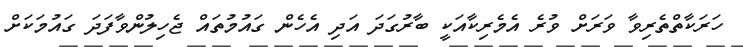
ހަރަކާތްތެރިވާ ވަރަށް ވުރެ އެމެރިކާއަކީ ބާރުގަދަ އަދި އެހެން ގައުމުތައް ޖެހިލުންވާފަދަ ގައުމަކަށް